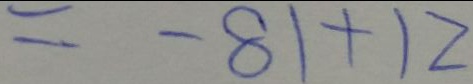
= - 8 1 + 1 2